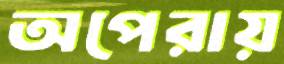
অপেরায়